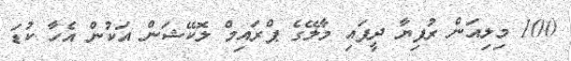
100 މިލިއަން ރުފިޔާ ދީފައި މާލޭގެ ޕްރައިމް ލޮކޭޝަން އަކުން އެހާ ކުޑަ